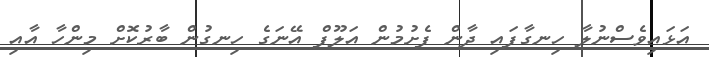
އަޅައިވެސްނުލާ ހިނގާފައި ދާން ފެށުމުން އަލޫފް އޭނަގެ ހިނގުން ބާރުކޮށް މިންހާ އާއި